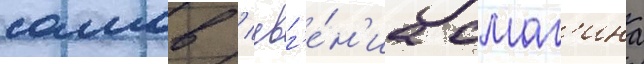
сомов / евг'е́н'иа смаг'ина